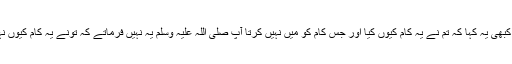
اور نہ کبھی یہ کہا کہ تم نے یہ کام کیوں کیا اور جس کام کو میں نہیں کرتا آپ صلی اللہ علیہ وسلم یہ نہیں فرماتے کہ تونے یہ کام کیوں نہیں کیا۔